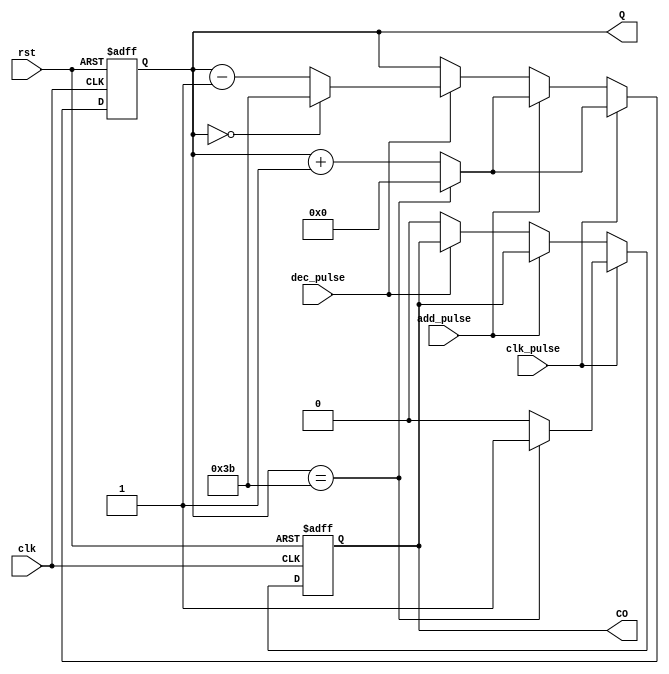
`timescale 1ns / 1ps
//////////////////////////////////////////////////////////////////////////////////
// Company: 
// Engineer: 
// 
// Design Name: 
// Module Name: counter
// Project Name: 
// Target Devices: 
// Tool Versions: 
// Description: 
// 
// Dependencies: 
// 
// Revision:
// Revision 0.01 - File Created
// Additional Comments:
// 
//////////////////////////////////////////////////////////////////////////////////


module counter #(
    parameter integer BASE=60
)(
    input clk,
    input rst,
    input clk_pulse,
    input add_pulse,
    input dec_pulse,
    output reg [$clog2(BASE+1)-1:0] Q,
    output reg CO
    );
    always@(posedge clk or negedge rst)
    begin
        if(!rst)
        begin
            Q<=0;
            CO<=0;
        end
        else if(clk_pulse)
            if(Q==BASE-1)
            begin
                Q<=0;
                CO<=1;
            end
            else
            begin
                Q<=Q+1;
                CO<=0;
            end
        else if(add_pulse)
            if(Q==BASE-1)
                Q<=0;
            else
                Q<=Q+1;
        else if(dec_pulse)
            if(Q==0)
                Q<=BASE-1;
            else
                Q<=Q-1;
        else
            CO<=0;
    end
    
endmodule